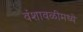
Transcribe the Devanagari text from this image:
वंशावळीमध्ये